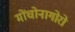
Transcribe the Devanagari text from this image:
मोंचोनागोरो